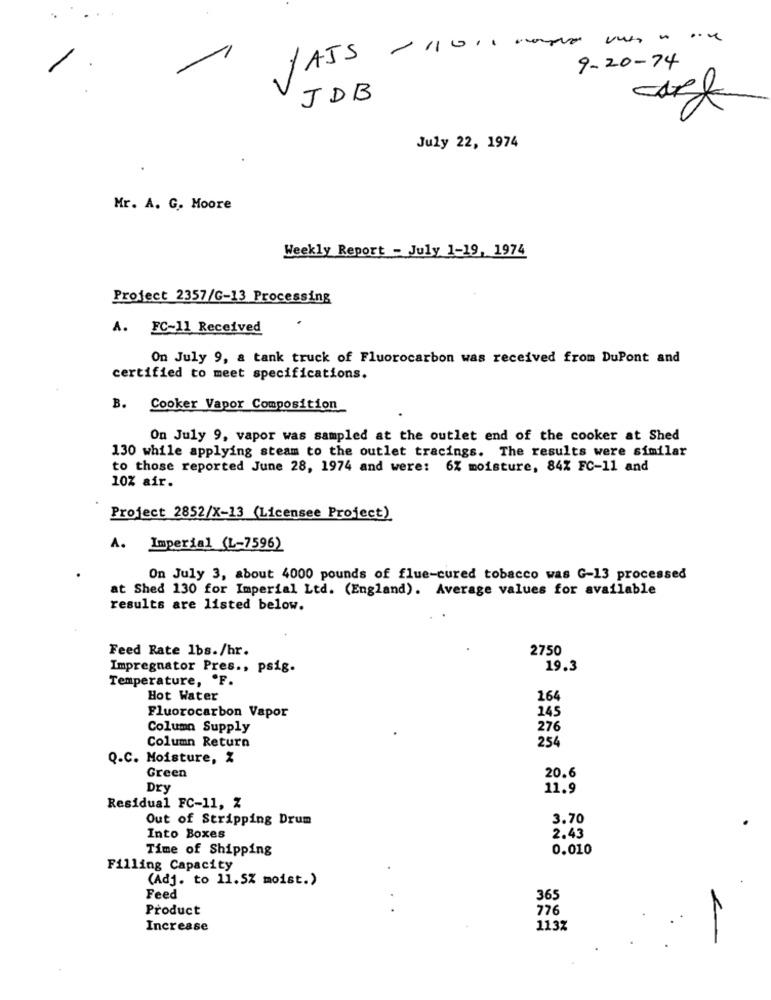
AIS -
11
9-20-74
JDB
July 22, 1974
Mr. A. G. Moore
Weekly Report - July 1-19, 1974
Project 2357/G-13 Processing
A. FC-11 Received
On July 9, & tank truck of Fluorocarbon was received from DuPont and
certified to meet specifications.
B. Cooker Vapor Composition
On July 9, vapor was sampled at the outlet end of the cooker at Shed
130 while applying steam to the outlet tracings. The results were similar
to those reported June 28, 1974 and were: 6% moisture, 84% FC-11 and
10% afr.
Project 2852/X-13 (Licensee Project)
A. Imperial (L-7596)
On July 3, about 4000 pounds of flue-cured tobacco was G-13 processed
at Shed 130 for Imperial Ltd. (England). Average values for available
results are listed below.
Feed Rate 1bs./hr.
2750
Impregnator Pres ., psig.
19.3
Temperature, . F.
Hot Water
164
Fluorocarbon Vapor
145
Column Supply
276
Column Return
254
Q.C. Moisture, %
20.6
Green
Dry
11.9
Residual FC-11, Z
Out of Stripping Drum
3.70
2.43
Into Boxes
Time of Shipping
0.010
Filling Capacity
(Adj. to 11.5% moist.)
Feed
365
Product
776
Increase
113%